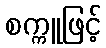
စက္ကူဖြင့်